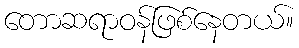
တောဆရာဝန်ဖြစ်နေတယ်။